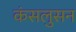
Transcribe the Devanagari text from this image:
कंसलुसन